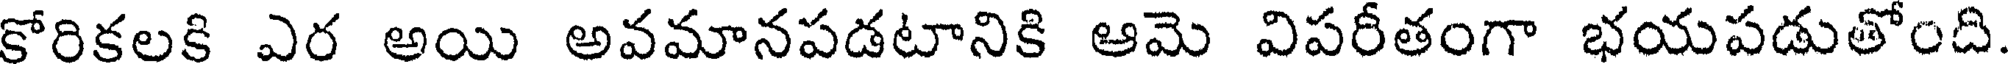
కోరికలకి ఎర అయి అవమానపడటానికి ఆమె విపరీతంగా భయపడుతోంది